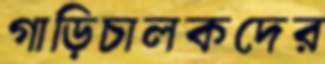
গাড়িচালকদের